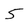
Character: 5